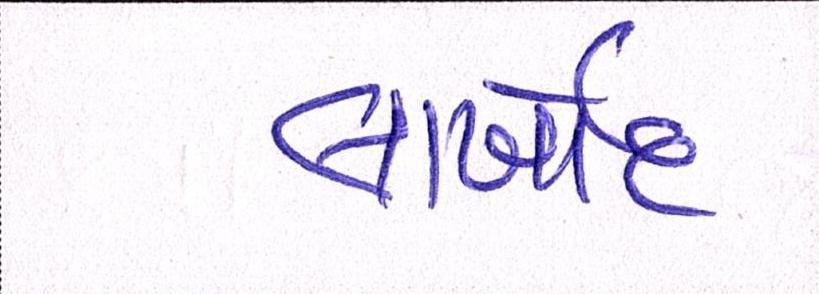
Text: લાખોંદ